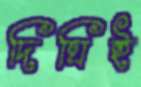
দিঘিই